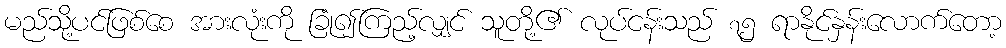
မည်သို့ပင်ဖြစ်စေ အားလုံးကို ခြုံ၍ကြည့်လျှင် သူတို့၏ လုပ်ငန်းသည် ၇၅ ရာနိုင်နှန်းလောက်တော့